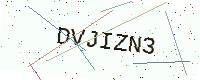
Text: DVJIZN3